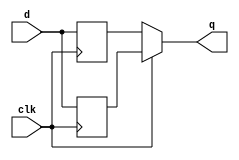
module top_module (
    input clk,
    input d,
    output q
);
    assign q = clk? q1[0]:q1[1];
    reg [1:0]q1;
always @(posedge clk ) begin
    q1[0]<=d;
end
always @(negedge clk ) begin
    q1[1]<=d;
end
endmodule